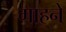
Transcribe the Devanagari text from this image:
गाहने